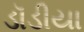
ડૉડીયા